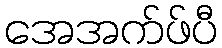
အေအက်ဖ်ပီ